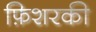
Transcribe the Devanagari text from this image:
फ़िशरकी